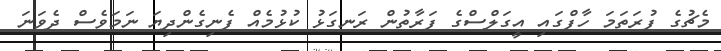
މެޗުގެ ފުރަތަމަ ހާފްގައި އީގަލްސްގެ ފަރާތުން ރަނގަޅު ކުޅުމެއް ފެނިގެންދިޔަ ނަމަވެސް ދެވަނަ